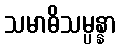
သမာဓိသမ္ပန္နာ